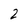
Character: 2